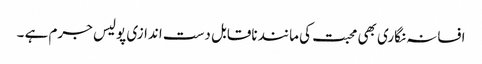
افسانہ نگاری بھی محبت کی مانند ناقابل دست اندازی پولیس جرم ہے ۔